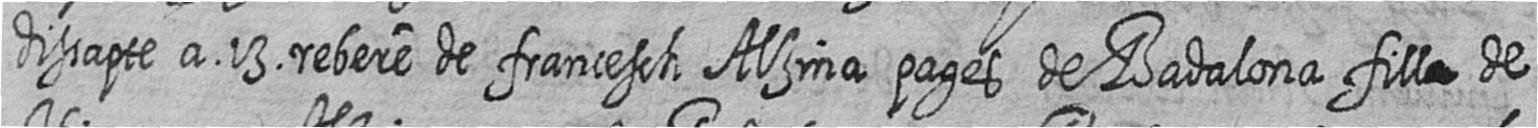
dissapte a 13 rebere de francesch Alzina pages de Badalona fill# de